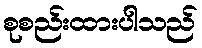
စုစည်းထားပါသည်